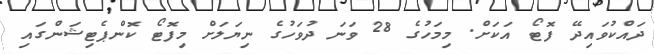
ދައްކުވައިދޭ ފޮޓޯ އަކަށް. މިމަހުގެ 28 ވަނަ ދުވަހުގެ ނިޔަލަށް މިފޮޓޯ ކޮންޕެޓިޝަންގައި